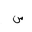
Letter: _sin